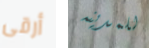
أرقى للمدينه